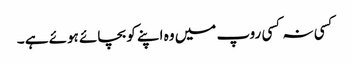
کسی نہ کسی روپ میں وہ اپنے کو بچائے ہوئے ہے ۔